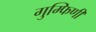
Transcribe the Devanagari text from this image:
गुम्फिणी